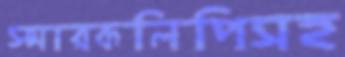
স্মারকলিপিসহ